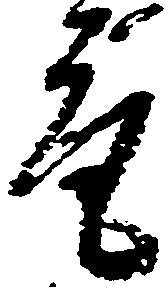
取